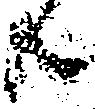
共